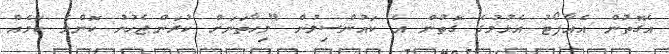
އެގޮތުން އެއާޕޯޓު އެޅުމުގެ ގޮތުން އެ ކައުންސިލުން "މިހާތަނަށް ކުރަންޖެހުނު ކޮންމެ ކަމެއް